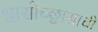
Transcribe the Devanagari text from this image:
श्वासोच्छ्वासाची